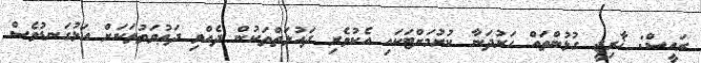
ރައީސް: ޚާރިޖީ ގުޅުންތައް ހަރުދަނާ ކުރުމަށްޓަކައި އެކުވެރި ދައުލަތްތަކުން ދެއްވި ދަޢުވަތުތަކަށް އަޅުގަނޑުވެސް